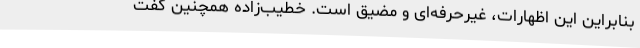
بنابراین این اظهارات، غیرحرفه‌ای و مضیق است. خطیب‌زاده همچنین گفت